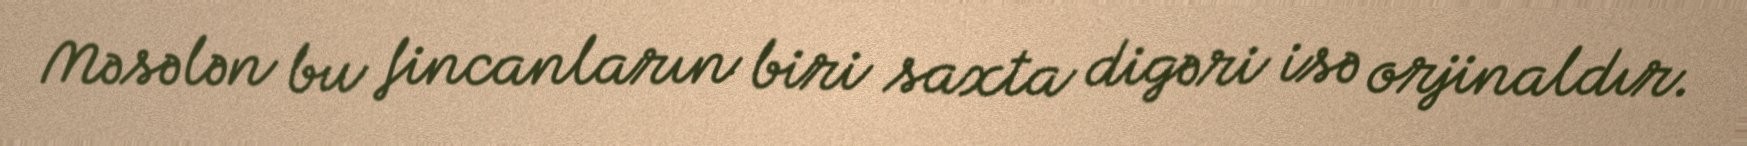
Məsələn bu fincanların biri saxta digəri isə orjinaldır.